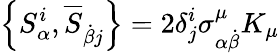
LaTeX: \left\{ S_{\alpha}^{i},{\overline{{S}}}_{{\dot{\beta}}j}\right\} =2\delta_{j}^{i}\sigma_{\alpha{\dot{\beta}}}^{\mu}K_{\mu}